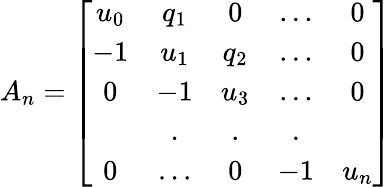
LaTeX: A_{n}=\left[\begin{array}{ccccc}{{u_{0}}}&{{q_{1}}}&{{0}}&{{...}}&{{0}}\\ {{-1}}&{{u_{1}}}&{{q_{2}}}&{{...}}&{{0}}\\ {{0}}&{{-1}}&{{u_{3}}}&{{...}}&{{0}}\\ {{}}&{{.}}&{{.}}&{{.}}&{{}}\\ {{0}}&{{...}}&{{0}}&{{-1}}&{{u_{n}}}\end{array}\right]